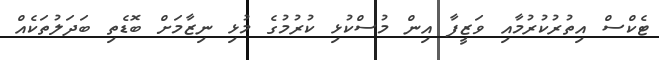
ޓެކްސް އިތުރުކުރުމާއި ވަޒީފާ އިން މުސްކުޅި ކުރުމުގެ މުޅި ނިޒާމަށް ބޮޑެތި ބަދަލުތަކެއް